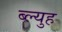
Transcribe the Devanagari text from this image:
ब्ल्युह